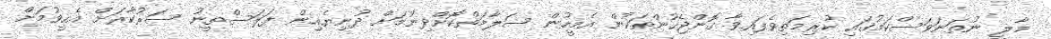
މާލީ ނުތަނަވަސްކަމުގައި ކުރިމަތިވެފައިވާ ގޮންޖެހުންތަކުން އެމީހުން ސަލާމަތްކޮށްދިނުމަށް ދުނިޔެއިން ފަލަސްތީނު ސަރުކާރަށް އެހީވުމަށް